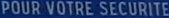
POUR VOTRE SECURITE